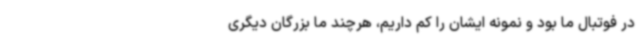
در فوتبال ما بود و نمونه ایشان را کم داریم، هرچند ما بزرگان دیگری